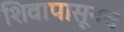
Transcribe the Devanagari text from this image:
शिवापासूनच